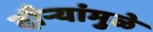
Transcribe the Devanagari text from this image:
दौर्‍यांमुळे